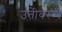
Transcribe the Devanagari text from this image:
उतीवरून